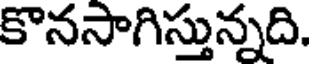
కొనసాగిస్తున్నది.